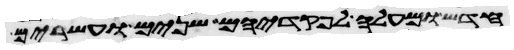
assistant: חדש ומעלה לפקדיהם שנים ועשרים